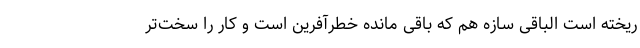
ریخته است الباقی سازه هم که باقی مانده خطرآفرین است و کار را سخت‌تر